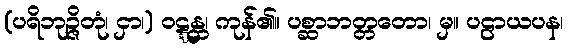
(ပရိဘုဉ္ဇိတုံ၊ ငှာ၊) ဝဋ္ဋန္တ၊ ကုန်၏။ ပစ္ဆာဘတ္တတော၊ မှ။ ပဠာယပန၊